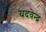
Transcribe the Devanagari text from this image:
यदवेन्द्र